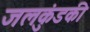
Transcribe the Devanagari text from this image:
जलकुंडकी